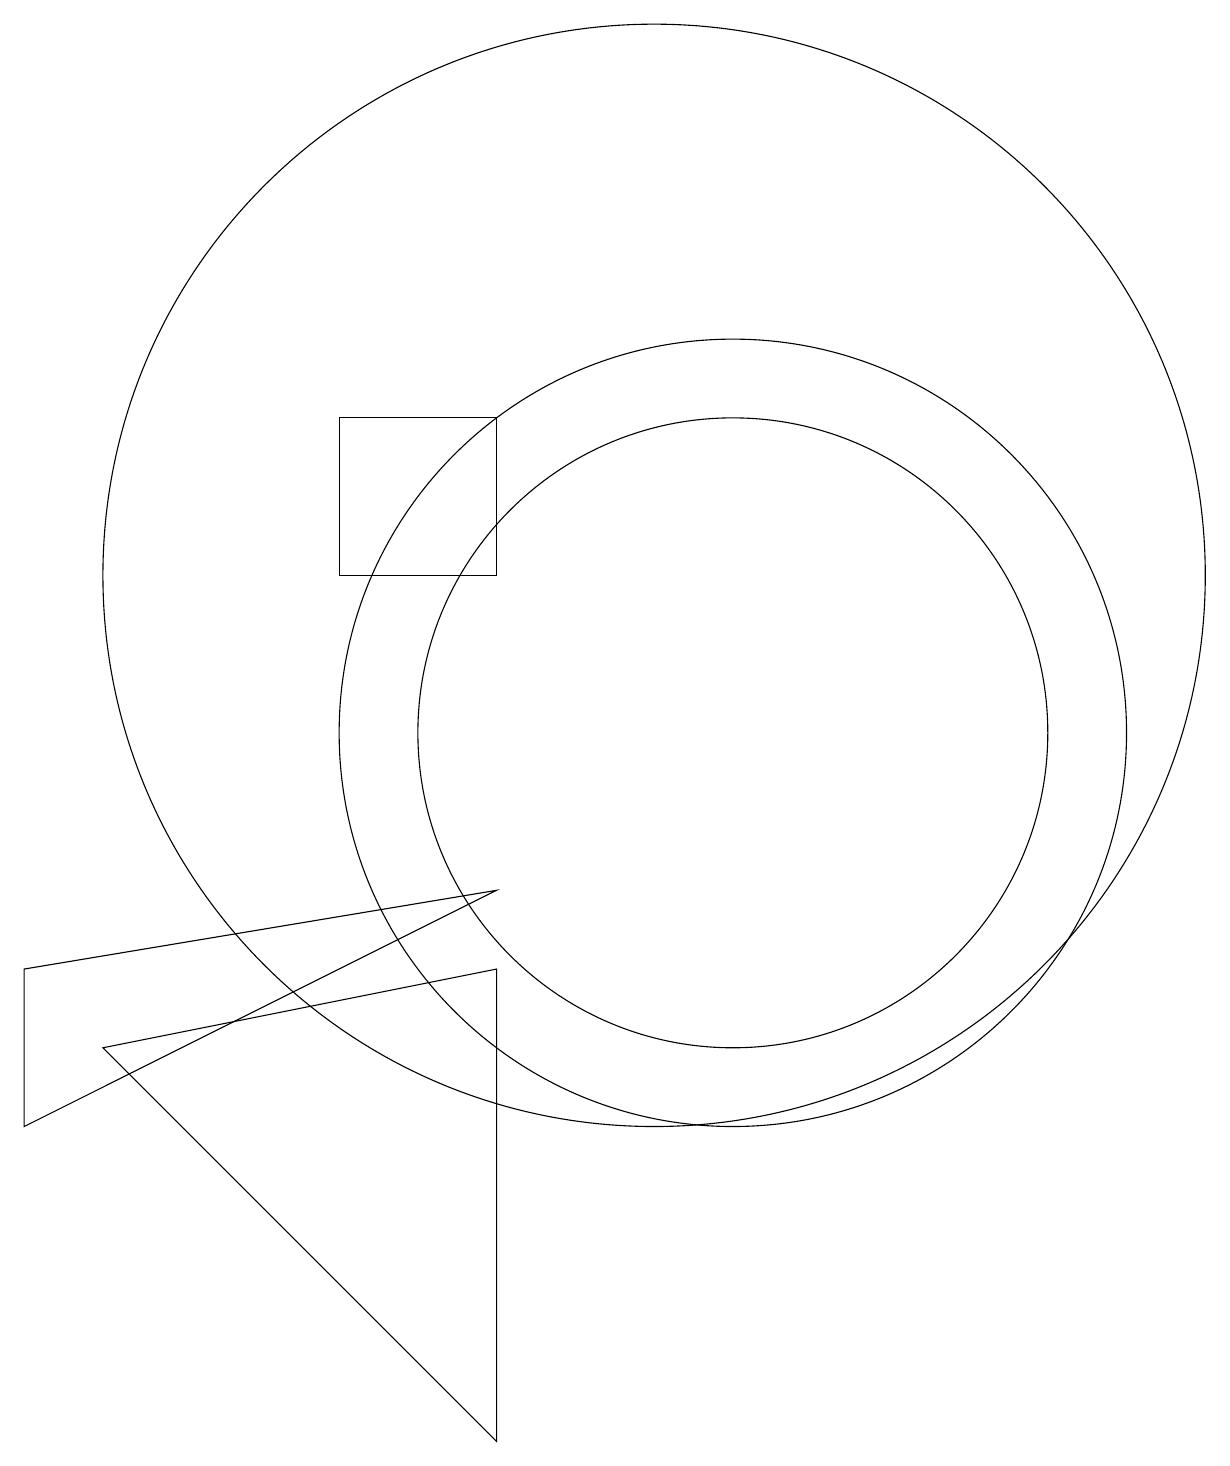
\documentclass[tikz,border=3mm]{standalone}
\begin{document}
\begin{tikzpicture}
\draw (2,7) -- (8,8) -- (2,5) -- cycle;
\draw (8,7) -- (3,6) -- (8,1) -- cycle;
\draw (10,12) circle (7);
\draw (11,10) circle (4);
\draw (6,14) rectangle (8,12);
\draw (11,10) circle (5);
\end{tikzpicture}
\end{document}